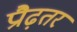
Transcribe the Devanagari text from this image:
प्रौढ़तर